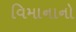
વિમાનાનો